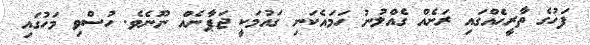
ފަހުގެ ތާރީހެއްގައި ރަށެއް ގެއްލުނު ހަމައެކަނި ގައުމަކީ ޖަޕާނެއް ނޫނެވެ. ހުސްވި މަހުގައި